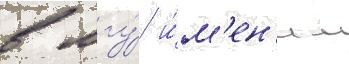
в мгу́ и́м'ен'и м